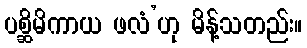
ပစ္ဆိမိကာယ ဖလံ’ဟု မိန့်သတည်း။